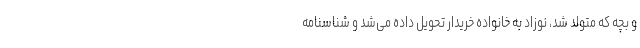
و بچه که متولد شد، نوزاد به خانواده خریدار تحویل داده می‌شد و شناسنامه